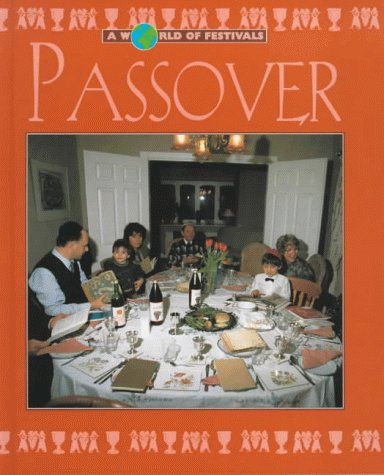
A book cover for Passover (A World of Festivals); David Rose; Children's Books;